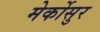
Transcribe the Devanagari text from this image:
मेर्कोसुर